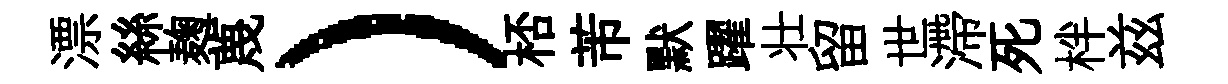
漂絲麹蔑）桮芾默躍壮留世滯死柈兹